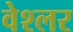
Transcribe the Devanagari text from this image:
वेश्लर